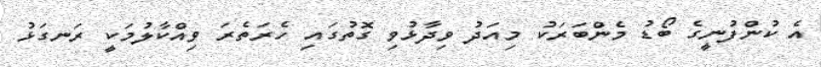
އެ ކުންފުނީގެ ބޯޑު މެންބަރަކު މިއަދު ވިދާޅުވި ގޮތުގައި ހެރަތެރަ ވިއްކާލުމަކީ ރަނގަޅު